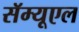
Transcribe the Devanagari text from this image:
सॅम्यूएल